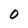
Character: 0